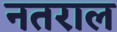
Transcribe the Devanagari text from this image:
नतराल